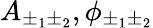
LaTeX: A_{\pm_{1}\pm_{2}},\phi_{\pm_{1}\pm_{2}}